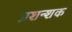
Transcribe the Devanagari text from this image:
प्रशन्शक